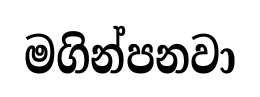
මගින්පනවා